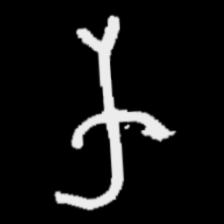
Pyu character \u2014 Myanmar letter: က (romanized: ka)